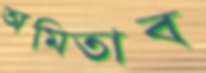
অমিতাব